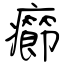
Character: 癤